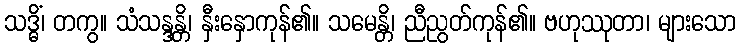
သဒ္ဓိံ၊ တကွ။ သံသန္ဒန္တိ၊ နှီးနှောကုန်၏။ သမေန္တိ၊ ညီညွတ်ကုန်၏။ ဗဟုဿုတာ၊ များသော